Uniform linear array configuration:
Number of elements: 16
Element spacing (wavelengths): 0.75
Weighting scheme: kaiser
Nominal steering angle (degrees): -30
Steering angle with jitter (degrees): -29.224
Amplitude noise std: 0.05
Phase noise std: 0.05

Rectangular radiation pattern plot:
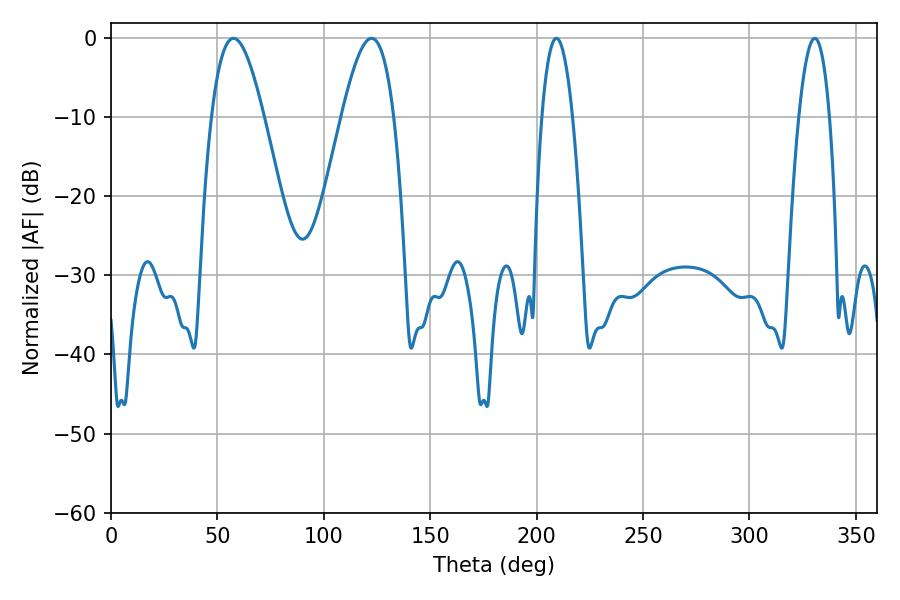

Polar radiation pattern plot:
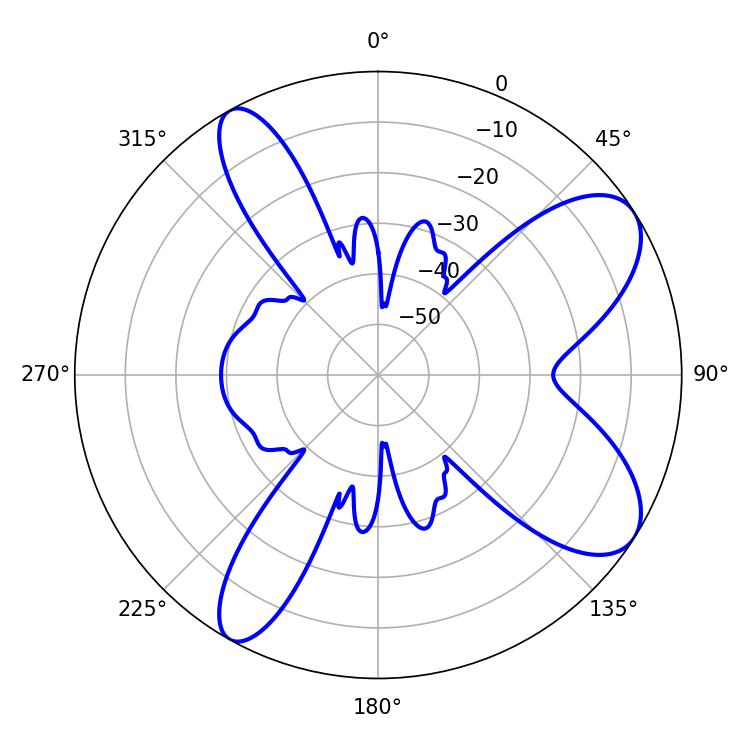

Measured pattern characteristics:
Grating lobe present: TRUE
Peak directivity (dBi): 8.483
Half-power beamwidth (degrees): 13.32
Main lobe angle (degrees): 57.6